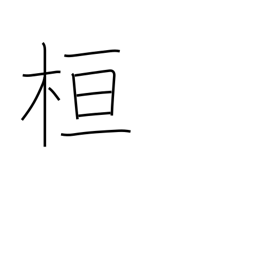
Meaning: marking post